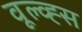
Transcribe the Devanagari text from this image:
वूल्व्ह्स